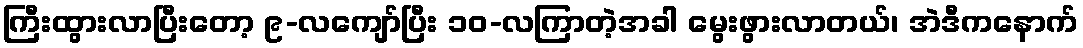
ကြီးထွားလာပြီးတော့ ၉-လကျော်ပြီး ၁၀-လကြာတဲ့အခါ မွေးဖွားလာတယ်၊ အဲဒီကနောက်